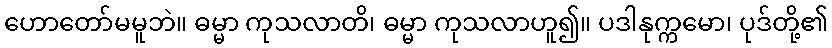
ဟောတော်မမူဘဲ။ ဓမ္မာ ကုသလာတိ၊ ဓမ္မာ ကုသလာဟူ၍။ ပဒါနုက္ကမော၊ ပုဒ်တို့၏